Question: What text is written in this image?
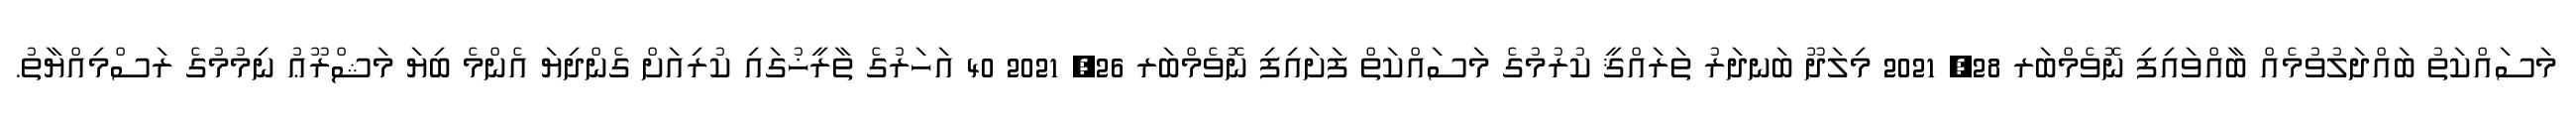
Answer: މަސައްކަތު ބައްދަލުވުމެއް ބާއްވައިފި ނޮވެމްބަރ 28, 2021 މިލަދޫ ބަނދަރު ތަރައްޤީ ކުރުމުގެ މަސައްކަތް ފަށައިފި ނޮވެމްބަރ 26, 2021 40 އަހަރުގެ ތާރީޚުގައި ކުރިއަށް ގެންދިޔަ އެންމެ ބިޔަ މަޝްރޫޢު ނިމުމުގެ ރަސްމިއްޔާތު.